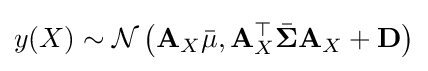
y(X)\sim {\mathcal {N}}\left(\mathbf {A} _{X}{\bar {\mathbf {\mu } }},\mathbf {A} _{X}^{\top }{\bar {\mathbf {\Sigma } }}\mathbf {A} _{X}+\mathbf {D} \right)